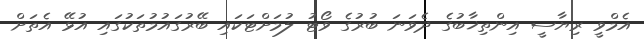
އެމްވީ ރިޔާސީ އިންތިޚާބުގެ ދެވަނަ ބުރުގެ ވޯޓު ލުމަށްޓަކައި ބޭރުގައުމުތަކުގައި އުޅޭ އެތަށް